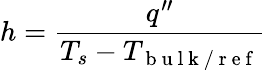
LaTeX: h=\frac{q^{\prime\prime}}{T_{s}-T_{\mathrm{~b~u~l~k~/~r~e~f~}}}